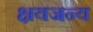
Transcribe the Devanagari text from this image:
क्षयजन्य